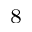
_ 8